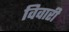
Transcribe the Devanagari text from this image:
विवारी